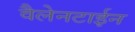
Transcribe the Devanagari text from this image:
वैलेनटाईन